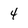
Character: 4